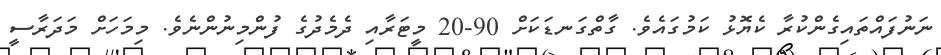
ނަނުފައްތައިގެންކުރާ ކެޔޮޅު ކަމުގައެވެ. ގާތްގަނޑަކަށް 90-20 މީޓަރާއި ދެމެދުގެ ފުންމިނުންނެވެ. މިމަހަށް މަދަރާސީ